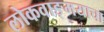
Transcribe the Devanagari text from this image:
लोकवाङ्मयाचा